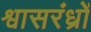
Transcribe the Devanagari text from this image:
श्वासरंध्रों